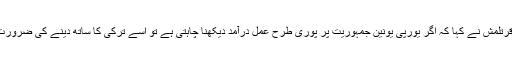
نعمان قرتلمش نے کہا کہ اگر یورپی یونین جمہوریت پر پوری طرح عمل درآمد دیکھنا چاہتی ہے تو اسے ترکی کا ساتھ دینے کی ضرورت ہے ۔